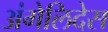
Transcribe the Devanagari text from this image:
अंगेलिदेस